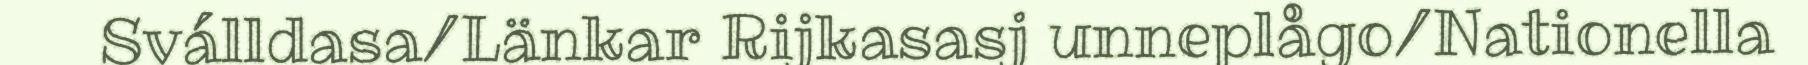
Sválldasa/Länkar Rijkasasj unneplågo/Nationella